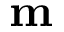
\mathbf { m }